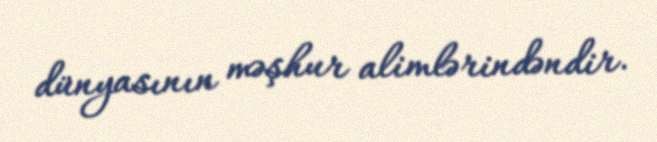
dünyasının məşhur alimlərindəndir.